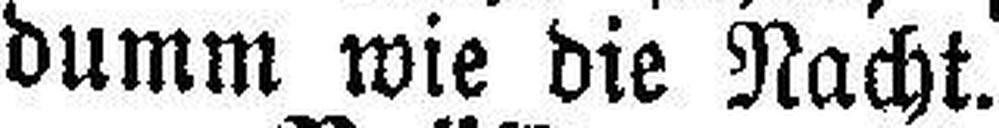
dumm wie die Nacht.